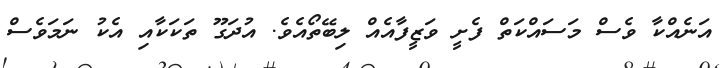
އަނެއްކާ ވެސް މަސައްކަތް ފެށީ ވަޒީފާއެއް ލިބޭތޯއެވެ. އުދަގޫ ތަކަކާއި އެކު ނަމަވެސް